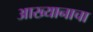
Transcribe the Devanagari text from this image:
आख्यानाचा